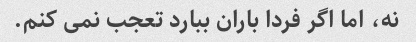
نه، اما اگر فردا باران ببارد تعجب نمی کنم.